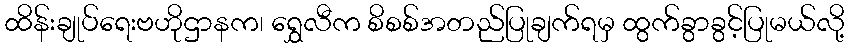
ထိန်းချုပ်ရေးဗဟိုဌာနက၊ ရွှေလီက စိစစ်အတည်ပြုချက်ရမှ ထွက်ခွာခွင့်ပြုမယ်လို့